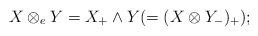
LaTeX: \begin{align*}X\otimes_e Y = X_+\wedge Y (=(X\otimes Y_-)_+ );\end{align*}